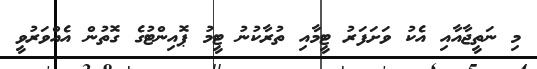
މި ނަތީޖާއާއި އެކު ވަށަފަރު ޓީމާއި ތުރާކުނު ޓީމު ޕޮއިންޓުގެ ގޮތުން އެއްވަރުވީ